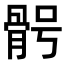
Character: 𩨴